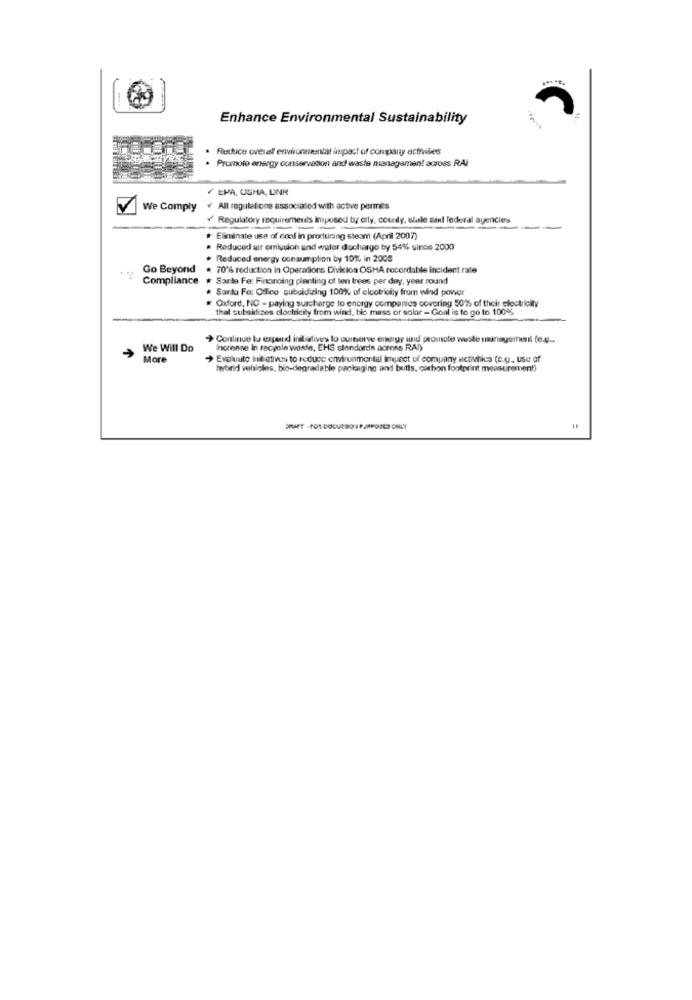
Enhance Environmental Sustainability
Reikice overall environmental impact of company activities
Promoto energy conservation and waste management across RAI
/ EPA, OGHA, UNR
We Comply
¥ All regulations associated with active permits
Regulatory requirements Inposed by city, coudy, slale and federal agencies
--
Eliminate use of cool in producing steam (April 2007)
. Reduced air emission and waler ducharge by 54% since 2000
Reduced energy consumption by 10% in 2008
Go Beyond
* 70% reduction in Operations Division OSHA recordable incident rate
Compliance
Santa Fe: Financing planting of ten trees per day, year round
Santa Fe: Office subsidizing 100% of elcotrially from wind power
Oxford, NC - paying surcharge to energy companies covering 50%% of their electricity
that subsidizes clochicity from wind, bio mass or solar - Goal is to go to 100%
Continue to expand initiatives to ourserve entrar tind promote waste management (0.9 ..
We Will Do
Inorense In racyole waste, EHS standards across RAD)
More
+ Evaluate initiatives to reduce environmental impact of company activities (c.u. use of
hybrid vehicles, bio-degradable packaging and butts, carbon footprint measurementi
ERAET - FOR DOCURSO 1 PJRPOOLS ONLY